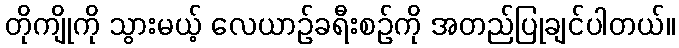
တိုကျိုကို သွားမယ့် လေယာဉ်ခရီးစဉ်ကို အတည်ပြုချင်ပါတယ်။